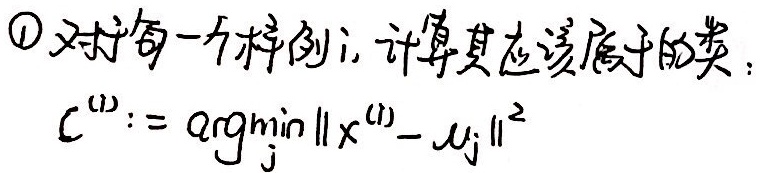
对于每一个样例 \(i\)，计算其应该属于的类：
\[c^{(i)}:=\underset{j}{\arg\min}\left\|x^{(i)}-\mu_{j}\right\|^{2}\]